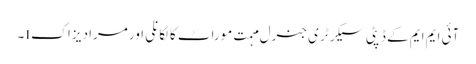
آئی ایم ایم کے ڈپٹی سیکرٹری جنرل مہمت موراٹ کالکانلی اور مراد یزاکı۔